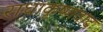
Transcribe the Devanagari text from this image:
राधाकृष्णवाद